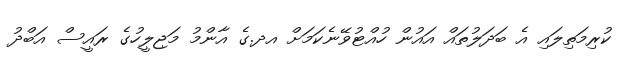
ކުރިމަތިލައި އެ ބަދަލުތައް އައުން ހުއްޓުވޭނެކަމަށް އދ.ގެ އާންމު މަޖިލީހުގެ ރައީސް އަބްދު